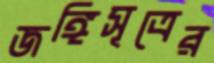
জঙ্গিসূত্রের